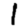
Digit: 1